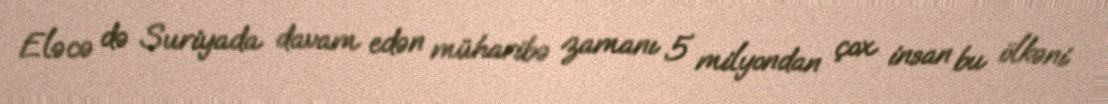
Eləcə də Suriyada davam edən müharibə zamanı 5 milyondan çox insan bu ölkəni